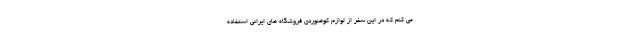
می کنم که در این سفر از لوازم کوهنوردی فروشگاه های ایرانی استفاده